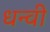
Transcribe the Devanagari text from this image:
धन्वी